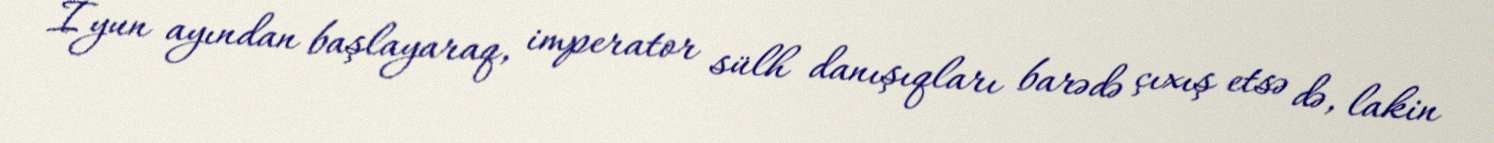
İyun ayından başlayaraq, imperator sülh danışıqları barədə çıxış etsə də, lakin